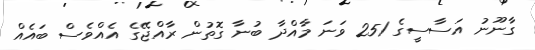
ގާނޫނު އަސާސީގެ 251 ވަނަ މާއްދާ ބުނާ ގޮތުން ރާއްޖޭގެ އެއްވެސް ބައެއް